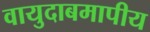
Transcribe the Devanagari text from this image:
वायुदाबमापीय